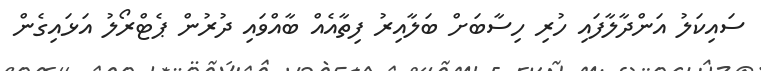
ސައިކަލު އަންދާލާފައި ހުރި ހިސާބަށް ބަލާއިރު ފިތާއެއް ބާއްވައި ދުރުން ޕެޓްރޯލު އަޅައިގެން